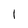
Character: 1